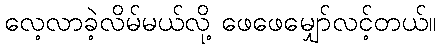
လေ့လာခဲ့လိမ်မယ်လို့ ဖေဖေမျှော်လင့်တယ်။